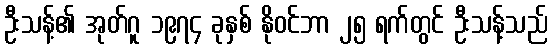
ဦးသန့်၏ အုတ်ဂူ ၁၉၇၄ ခုနှစ် နိုဝင်ဘာ ၂၅ ရက်တွင် ဦးသန့်သည်